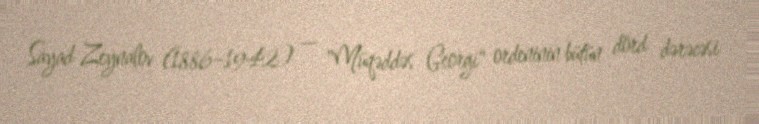
Sayad Zeynalov (1886–1942) — "Müqəddəs Georgi" ordeninin bütün dörd dərəcəsi